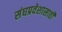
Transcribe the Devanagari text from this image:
संघप्रवेशासाठी